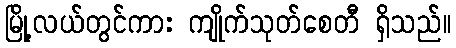
မြို့လယ်တွင်ကား ကျိုက်သုတ်စေတီ ရှိသည်။